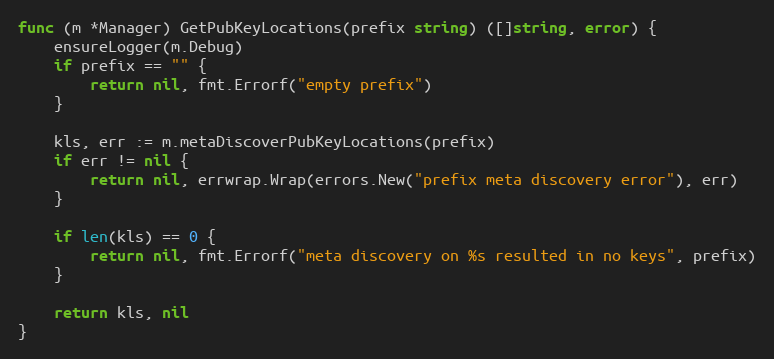
Language: Go
func (m *Manager) GetPubKeyLocations(prefix string) ([]string, error) {
	ensureLogger(m.Debug)
	if prefix == "" {
		return nil, fmt.Errorf("empty prefix")
	}

	kls, err := m.metaDiscoverPubKeyLocations(prefix)
	if err != nil {
		return nil, errwrap.Wrap(errors.New("prefix meta discovery error"), err)
	}

	if len(kls) == 0 {
		return nil, fmt.Errorf("meta discovery on %s resulted in no keys", prefix)
	}

	return kls, nil
}